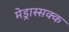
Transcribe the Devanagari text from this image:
मेड्रास्सक्क